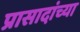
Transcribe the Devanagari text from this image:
प्रासादांच्या